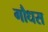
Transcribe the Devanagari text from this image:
गौधस